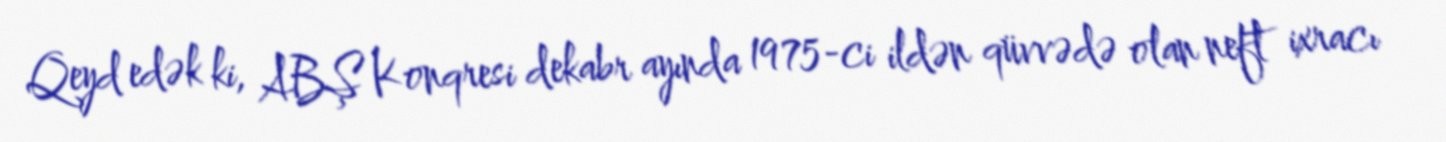
Qeyd edək ki, ABŞ Konqresi dekabr ayında 1975-ci ildən qüvvədə olan neft ixracı